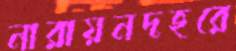
নারায়নদহরে